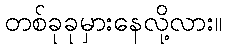
တစ်ခုခုမှားနေလို့လား။